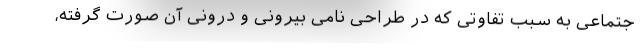
جتماعی به سبب تفاوتی که در طراحی نامی بیرونی و درونی آن صورت گرفته،